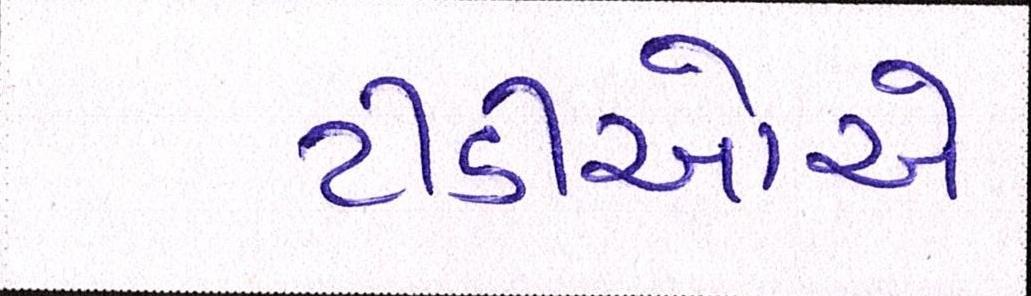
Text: ટીડીઓએ